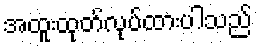
အထူးထုတ်လုပ်ထားပါသည်